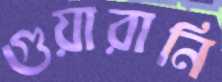
গুয়ারানি